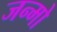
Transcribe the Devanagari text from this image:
जन्मो